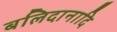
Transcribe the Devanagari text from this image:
बलिदानादि